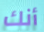
أنك